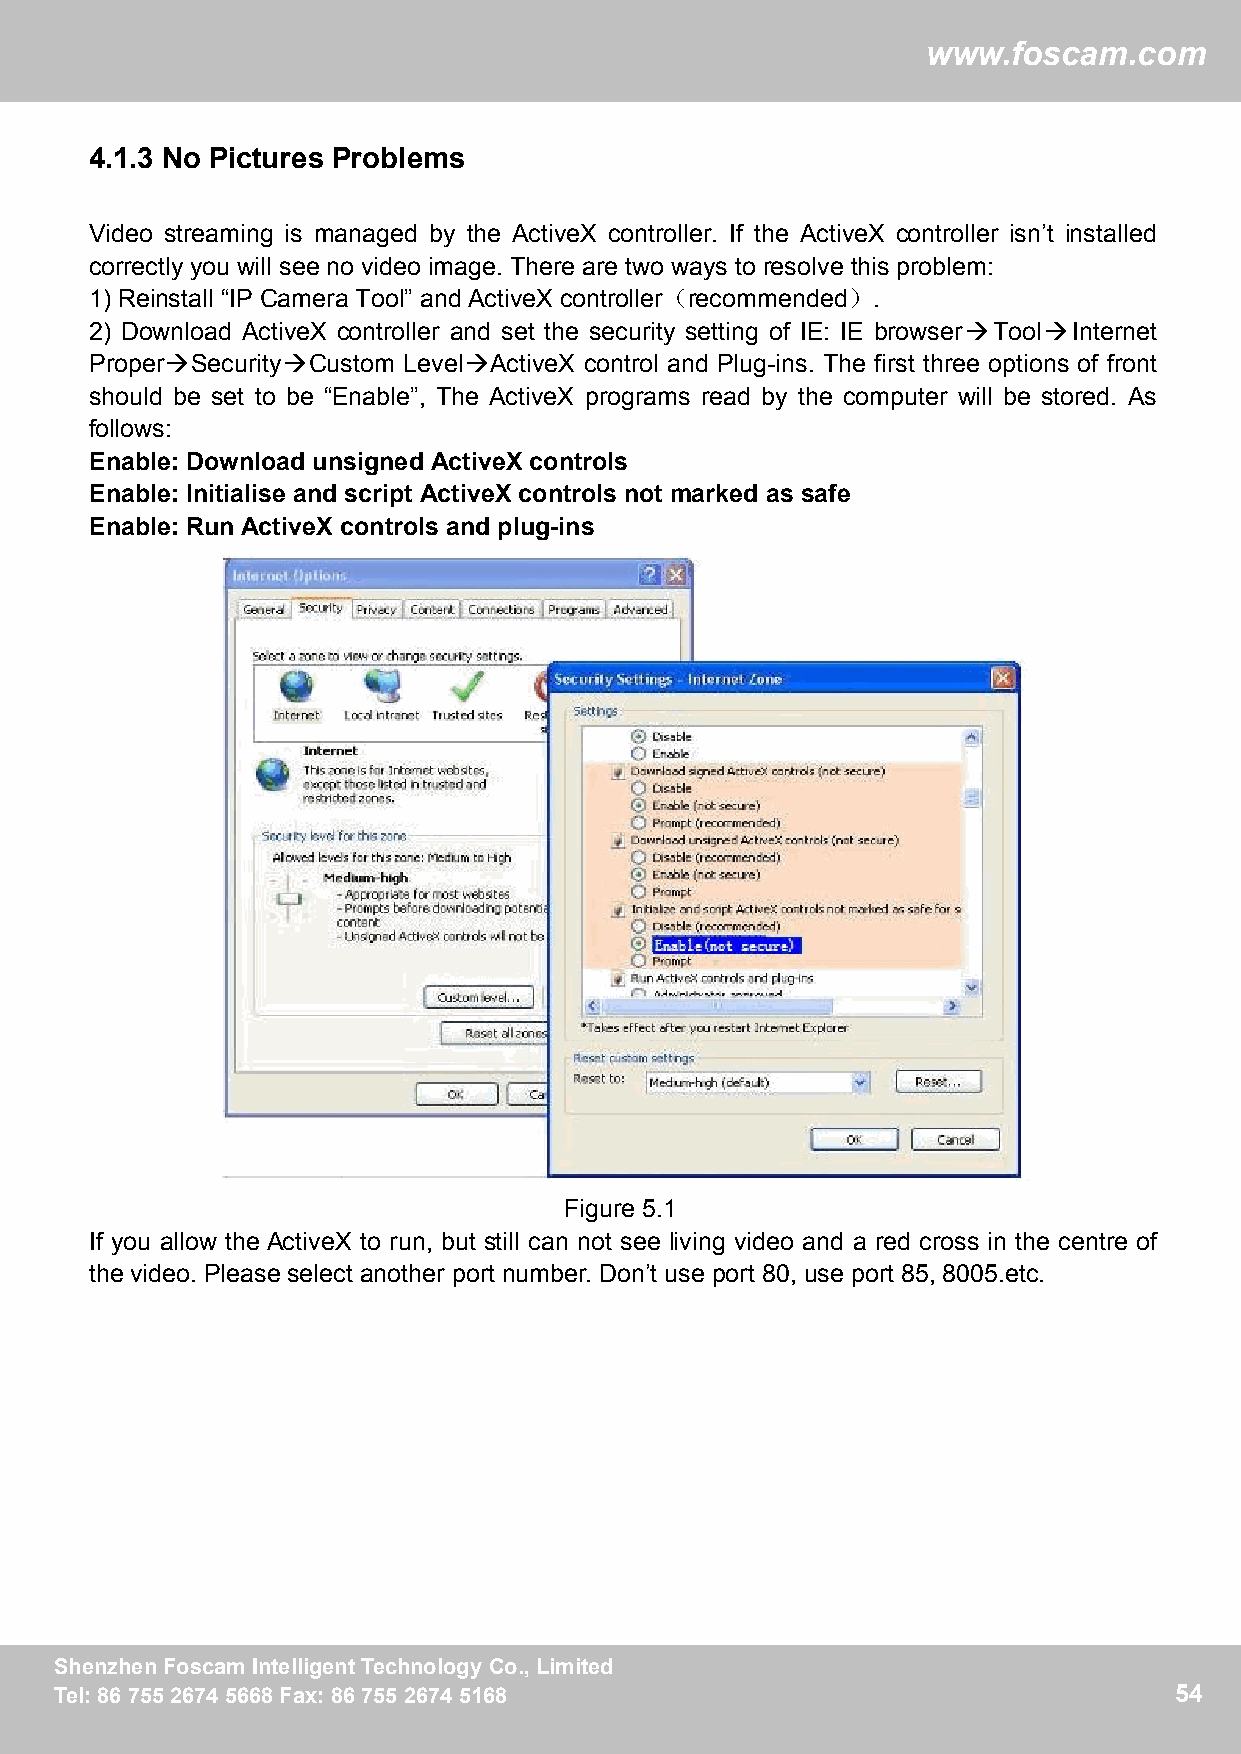
ww
 wwwwww..ffoossccaamm..ccoomm
 4.1.3 No Pictures Problems
 Video streaming is managed by the ActiveX controller. If the ActiveX controller isn’t installed
 correctly you will see no video image. There are two ways to resolve this problem:
 1) Reinstall “IP Camera Tool” and ActiveX controller（recommended）.
 2) Download ActiveX controller and set the security setting of IE: IE browserToolInternet
 ProperSecurityCustom LevelActiveX control and Plug-ins. The first three options of front
 should be set to be “Enable”, The ActiveX programs read by the computer will be stored. As
 follows:
 Enable: Download unsigned ActiveX controls
 Enable: Initialise and script ActiveX controls not marked as safe
 Enable: Run ActiveX controls and plug-ins
 Figure 5.1
 If you allow the ActiveX to run, but still can not see living video and a red cross in the centre of
 the video. Please select another port number. Don’t use port 80, use port 85, 8005.etc.
 SShheennzzhheennFFoossccaammIInntteelllliiggeennttTTeecchhnnoollooggyyCCoo..,,LLiimmiitteedd 54
 TTeell::88667755552266774455666688FFaaxx::88667755552266774455116688      54